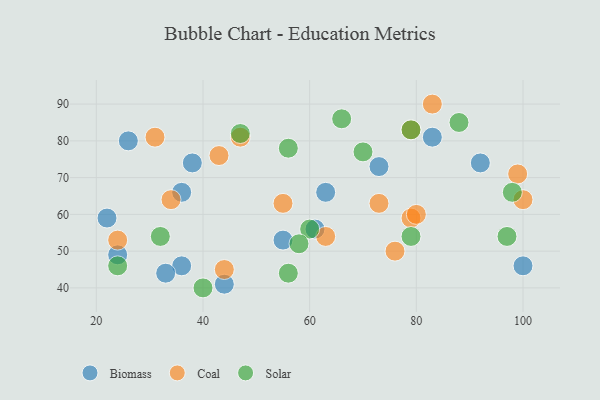
{"axis": {"x": "GDP", "y": "Life Expectancy"}, "legend": ["Biomass", "Coal", "Solar"], "data": [{"x": "36", "y": 46, "type": "Biomass"}, {"x": "55", "y": 53, "type": "Biomass"}, {"x": "61", "y": 56, "type": "Biomass"}, {"x": "36", "y": 66, "type": "Biomass"}, {"x": "83", "y": 81, "type": "Biomass"}, {"x": "100", "y": 46, "type": "Biomass"}, {"x": "22", "y": 59, "type": "Biomass"}, {"x": "38", "y": 74, "type": "Biomass"}, {"x": "26", "y": 80, "type": "Biomass"}, {"x": "33", "y": 44, "type": "Biomass"}, {"x": "73", "y": 73, "type": "Biomass"}, {"x": "24", "y": 49, "type": "Biomass"}, {"x": "63", "y": 66, "type": "Biomass"}, {"x": "92", "y": 74, "type": "Biomass"}, {"x": "44", "y": 41, "type": "Biomass"}, {"x": "24", "y": 53, "type": "Coal"}, {"x": "43", "y": 76, "type": "Coal"}, {"x": "44", "y": 45, "type": "Coal"}, {"x": "63", "y": 54, "type": "Coal"}, {"x": "79", "y": 83, "type": "Coal"}, {"x": "55", "y": 63, "type": "Coal"}, {"x": "83", "y": 90, "type": "Coal"}, {"x": "99", "y": 71, "type": "Coal"}, {"x": "47", "y": 81, "type": "Coal"}, {"x": "34", "y": 64, "type": "Coal"}, {"x": "76", "y": 50, "type": "Coal"}, {"x": "79", "y": 59, "type": "Coal"}, {"x": "100", "y": 64, "type": "Coal"}, {"x": "73", "y": 63, "type": "Coal"}, {"x": "80", "y": 60, "type": "Coal"}, {"x": "31", "y": 81, "type": "Coal"}, {"x": "47", "y": 82, "type": "Solar"}, {"x": "56", "y": 78, "type": "Solar"}, {"x": "56", "y": 44, "type": "Solar"}, {"x": "24", "y": 46, "type": "Solar"}, {"x": "79", "y": 83, "type": "Solar"}, {"x": "79", "y": 54, "type": "Solar"}, {"x": "32", "y": 54, "type": "Solar"}, {"x": "97", "y": 54, "type": "Solar"}, {"x": "40", "y": 40, "type": "Solar"}, {"x": "60", "y": 56, "type": "Solar"}, {"x": "98", "y": 66, "type": "Solar"}, {"x": "58", "y": 52, "type": "Solar"}, {"x": "70", "y": 77, "type": "Solar"}, {"x": "88", "y": 85, "type": "Solar"}, {"x": "66", "y": 86, "type": "Solar"}]}